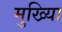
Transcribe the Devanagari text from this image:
मुख्यिा